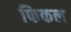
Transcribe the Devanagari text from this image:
फिकल